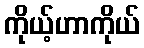
ကိုယ့်ဟာကိုယ်